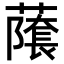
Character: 𬞾